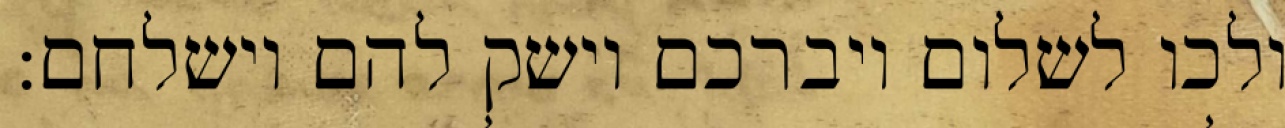
ולכו לשלום ויברכם וישק להם וישלחם: